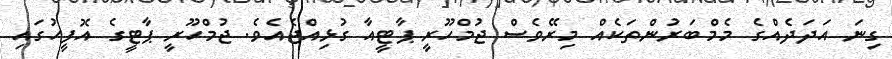
ގިނަ އަދަދެއްގެ މެމްބަރުންތަކެއް މިރޭވެސް ޖުމްހޫރީ ޕާޓީއާ ގުޅިއްޖެއެވެ. ޖުމްހޫރީ ޕާޓީގެ އޮފީހުގައި